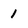
Character: 1